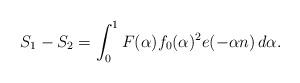
LaTeX: \begin{align*} S_1 - S_2 = \int_0^1 F(\alpha)f_0(\alpha)^2e(-\alpha n) \, d\alpha.\end{align*}